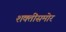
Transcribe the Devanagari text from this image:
शक्तींसमोर